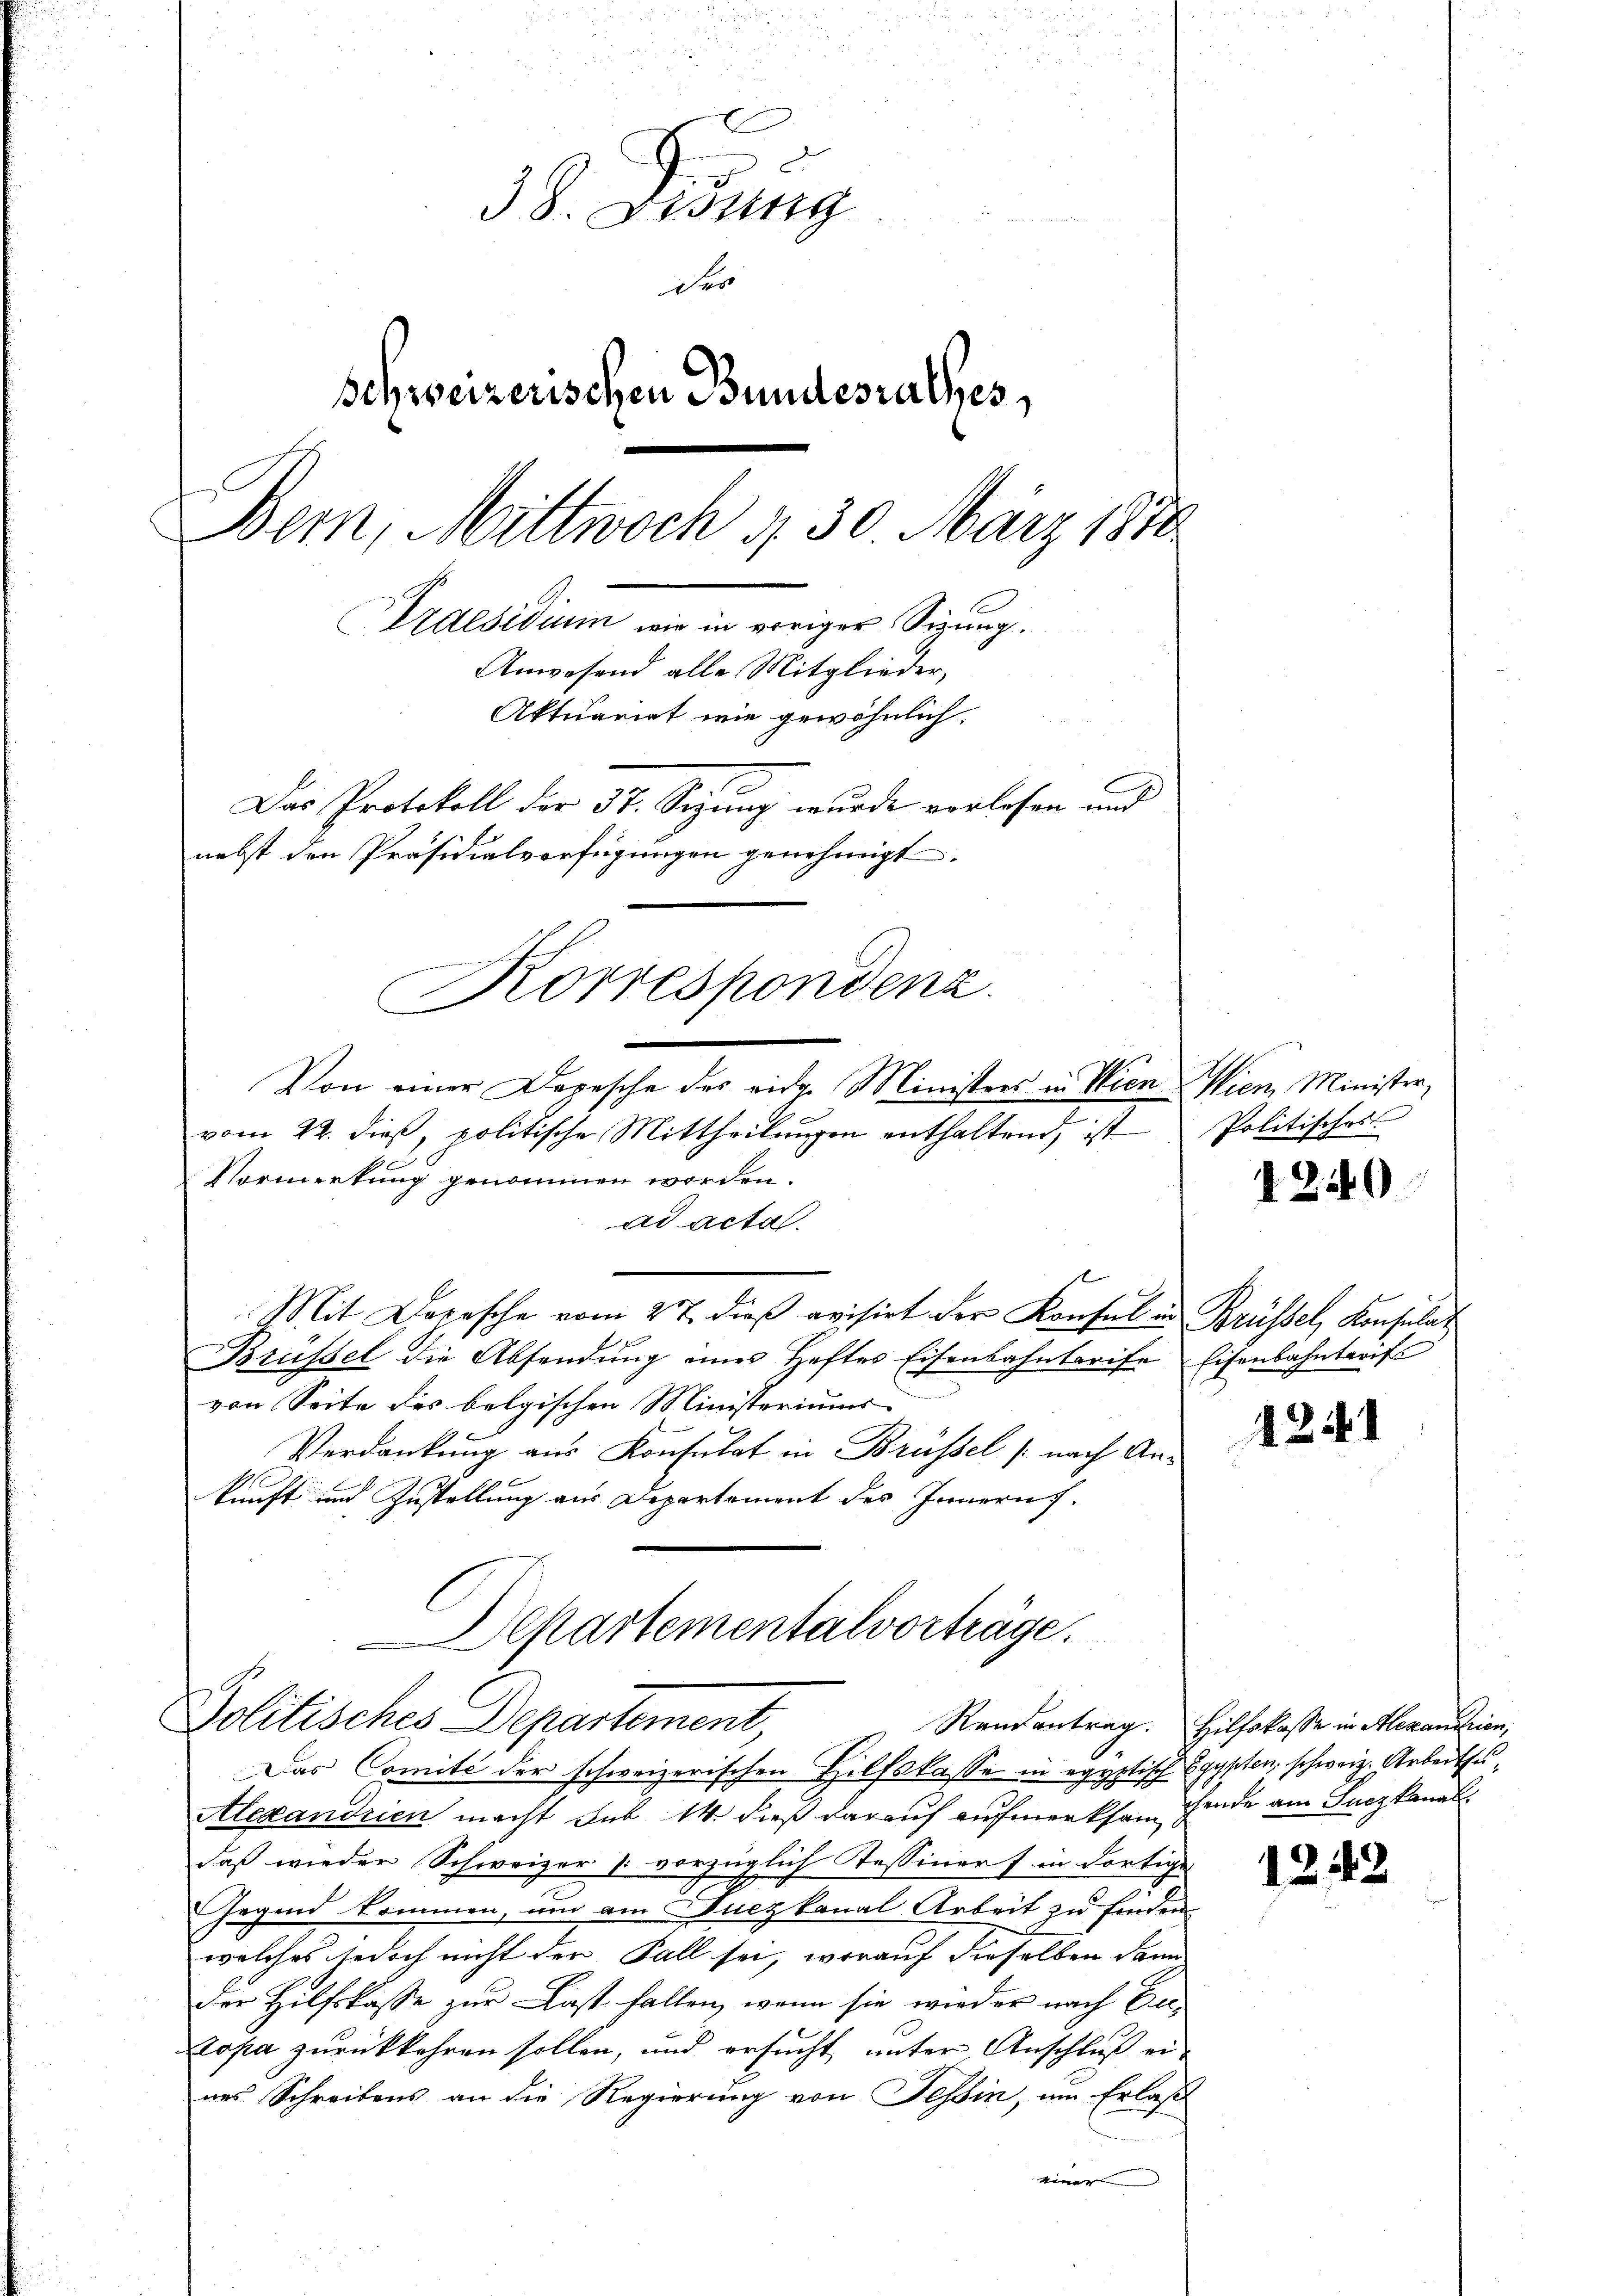
38. Gesung
der
Schweizerischen Bundesrathes,
Bern, Mittwoch 4, 30 März 1870.
Praesidium, wie in voriger Sitzung.
Anwesend alle Mitglieder,
Aktuariat wie gewöhnlich
Das Protokoll der 37. Sezung wurde vorlesen und
nebst den Präsidialverfügungen genehmigt.

vom 22. dieβ, politische Mittheilŭngen enthaltend, ist Politisches
Vormerkung genommen worden.
ad acta.
Mit Depesche vom 27. dieβ avisirt der Konsul in Brüssel, Konsulat
Brüssel die Absendŭng eines Heftes Eisenbahntarife Eisenbahntarifs
von Seite des belgischen Ministeriums
Verdankung aus Konsulat in Brüssel (nach Ankunft und Zustellung aus Departement des Innern.
Departementalvorträge.

Korrespondenz.
Von einer Depesche des eidg. Ministres in Wien Wien, Minister,

Politisches Departement,

Das Comité der schweizerischen Hilfskasse in egyptisch Egypten, schweiz. Arbeitsu¬
Alexandrien macht sub 14. dieß darauf aufmerksam gende am Suczkanal
daß wieder Schweizer (: vorzüglich Tessiners in dortige
Gegend kommen, um am Suczkanal-Arbeit zu finden.
welches jedoch nicht den Fall sei, worauf dieselben dann
der Hilfskasse zur Last halten, wenn sie wieder nach Eic
Kropa zurückkehren sollen, und ersucht unter Anschluß eines Schreibens an die Regierung von Tessin, um Erlaß
einer

1240

1241

Randantrag. Hilfskasse in Alexandrion,

1242